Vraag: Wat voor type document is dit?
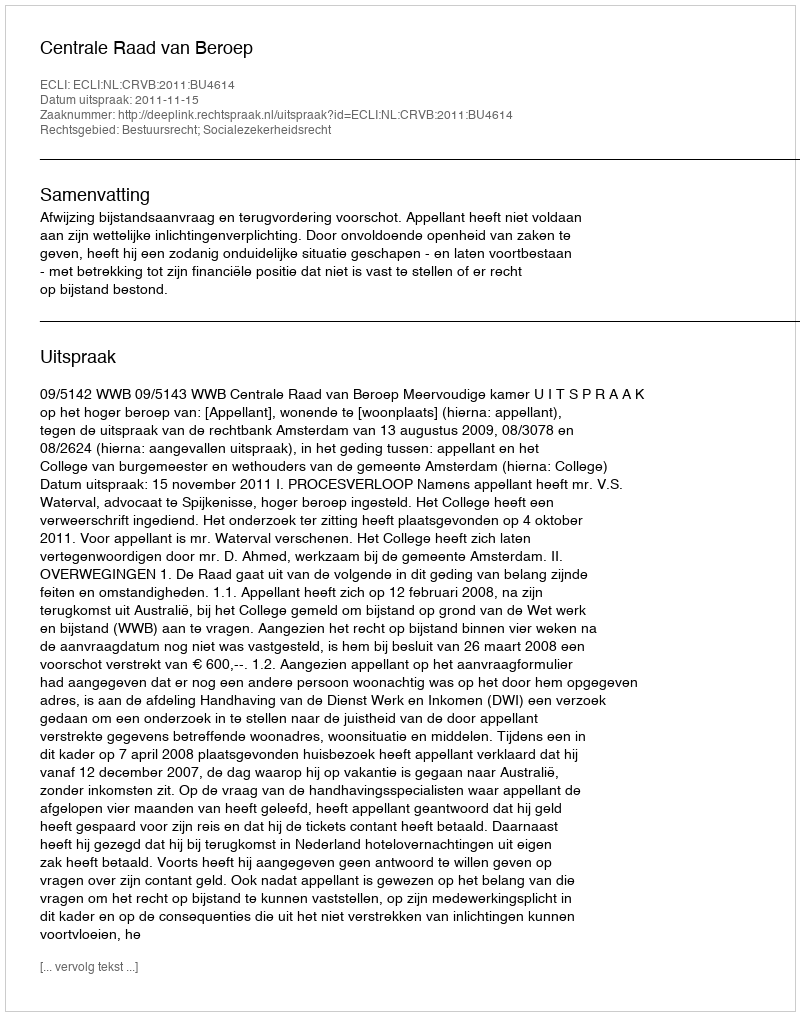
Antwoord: Uitspraak